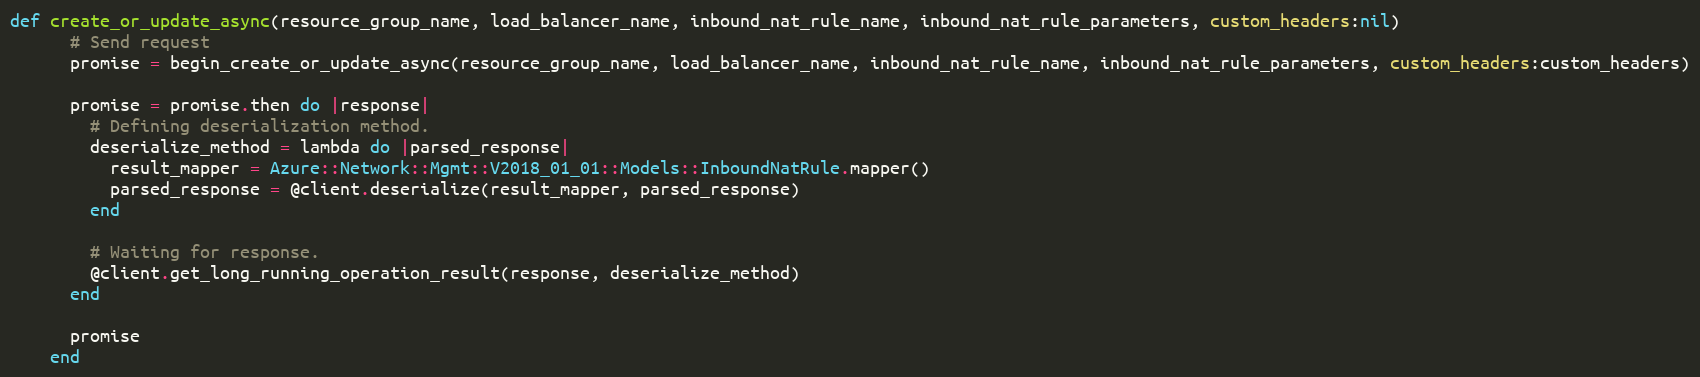
Language: Ruby
def create_or_update_async(resource_group_name, load_balancer_name, inbound_nat_rule_name, inbound_nat_rule_parameters, custom_headers:nil)
      # Send request
      promise = begin_create_or_update_async(resource_group_name, load_balancer_name, inbound_nat_rule_name, inbound_nat_rule_parameters, custom_headers:custom_headers)

      promise = promise.then do |response|
        # Defining deserialization method.
        deserialize_method = lambda do |parsed_response|
          result_mapper = Azure::Network::Mgmt::V2018_01_01::Models::InboundNatRule.mapper()
          parsed_response = @client.deserialize(result_mapper, parsed_response)
        end

        # Waiting for response.
        @client.get_long_running_operation_result(response, deserialize_method)
      end

      promise
    end